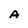
Character: A